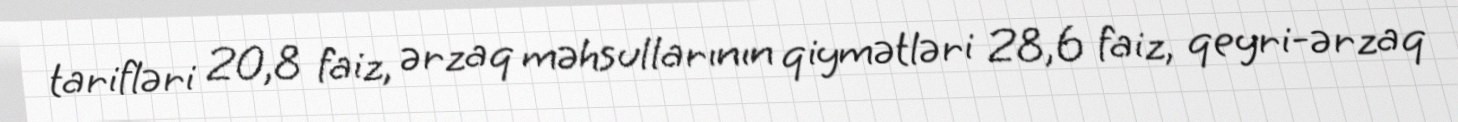
tarifləri 20,8 faiz, ərzaq məhsullarının qiymətləri 28,6 faiz, qeyri-ərzaq